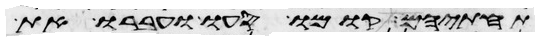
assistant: תחתם קומו סעו ועברו את